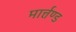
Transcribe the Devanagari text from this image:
मार्त्तण्ड